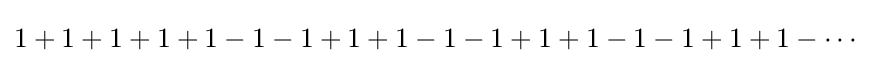
1+1+1+1+1-1-1+1+1-1-1+1+1-1-1+1+1-\cdots